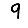
Digit: 9